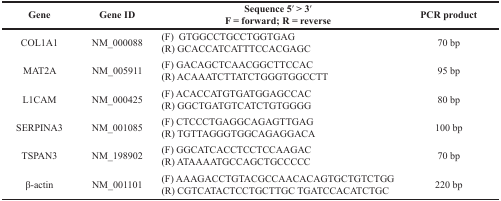
<table><thead><tr><td><b>Gene</b></td><td><b>Gene ID</b></td><td><b>Sequence 5′ &gt; 3′ F = forward; R = reverse</b></td><td><b>PCR product</b></td></tr></thead><tbody><tr><td>COL1A1</td><td>NM_000088</td><td>(F) GTGGCCTGCCTGGTGAG(R) GCACCATCATTTCCACGAGC</td><td>70 bp</td></tr><tr><td>MAT2A</td><td>NM_005911</td><td>(F) GACAGCTCAACGGCTTCCAC(R) ACAAATCTTATCTGGGTGGCCTT</td><td>95 bp</td></tr><tr><td>L1CAM</td><td>NM_000425</td><td>(F) ACACCATGTGATGGAGCCAC(R) GGCTGATGTCATCTGTGGGG</td><td>80 bp</td></tr><tr><td>SERPINA3</td><td>NM_001085</td><td>(F) CTCCCTGAGGCAGAGTTGAG(R) TGTTAGGGTGGCAGAGGACA</td><td>100 bp</td></tr><tr><td>TSPAN3</td><td>NM_198902</td><td>(F) GGCATCACCTCCTCCAAGAC(R) ATAAAATGCCAGCTGCCCCC</td><td>70 bp</td></tr><tr><td>β-actin</td><td>NM_001101</td><td>(F) AAAGACCTGTACGCCAACACAGTGCTGTCTGG(R) CGTCATACTCCTGCTTGC TGATCCACATCTGC</td><td>220 bp</td></tr></tbody></table>